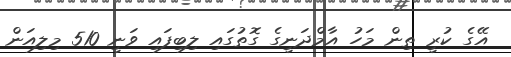
އޭގެ ކުރީ ތިން މަހު އާމްދަނީގެ ގޮތުގައި ލިބިފައި ވަނީ 510 މިލިއަން